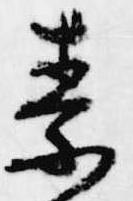
素